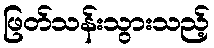
ဖြတ်သန်းသွားသည့်